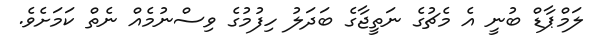
ލަމްޕާޑް ބުނީ އެ މެޗުގެ ނަތީޖާގެ ބަދަލު ހިފުމުގެ ވިސްނުމެއް ނެތް ކަމަށެވެ.